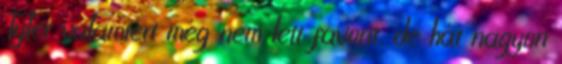
Tyler valamiért még nem lett favorit, de hát nagyon